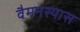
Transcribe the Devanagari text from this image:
वैमनस्यास